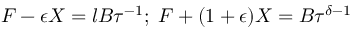
F - \epsilon X = l B \tau ^ { - 1 } ; \; F + ( 1 + \epsilon ) X = B \tau ^ { \delta - 1 }